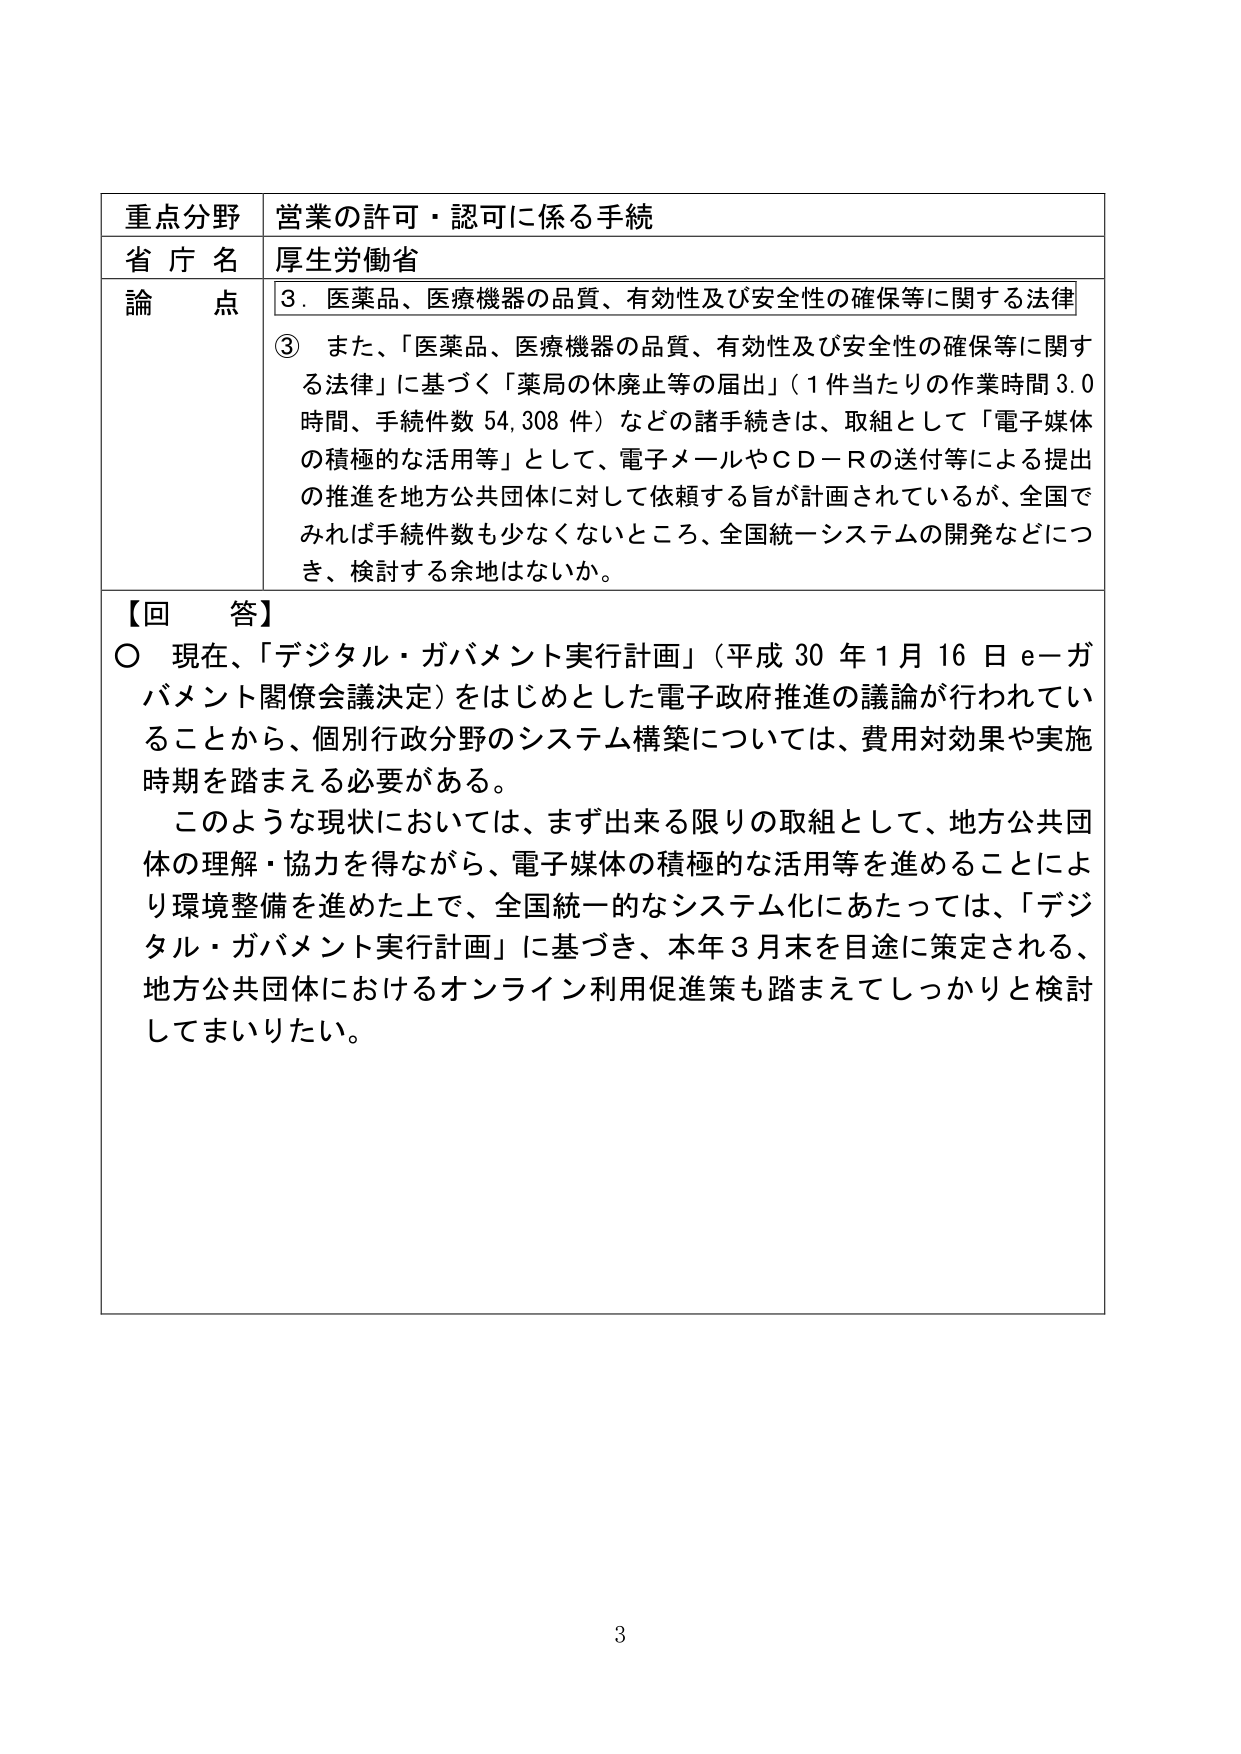
重点分野 営業の許可・認可に係る手続
省庁名 厚生労働省
論点 3．医薬品、医療機器の品質、有効性及び安全性の確保等に関する法律
③ また、「医薬品、医療機器の品質、有効性及び安全性の確保等に関する法律」に基づく「薬局の休廃止等の届出」（1件当たりの作業時間3.0時間、手続件数54,308件）などの諸手続きは、取組として「電子媒体の積極的な活用等」として、電子メールやＣＤ－Ｒの送付等による提出の推進を地方公共団体に対して依頼する旨が計画されているが、全国でみれば手続件数も少なくないところ、全国統一システムの開発などにつき、検討する余地はないか。
【回答】
○ 現在、「デジタル・ガバメント実行計画」（平成30年1月16日e－ガバメント関係会議決定）をはじめとした電子政府推進の議論が行われていることから、個別行政分野のシステム構築については、費用対効果や実施時期を踏まえる必要がある。
このような現状においては、まず出来る限りの取組として、地方公共団体の理解・協力を得ながら、電子媒体の積極的な活用等を進めることにより環境整備を進めた上で、全国統一的なシステム化にあたっては、「デジタル・ガバメント実行計画」に基づき、本年3月末を目途に策定される、地方公共団体におけるオンライン利用促進策も踏まえてしっかりと検討してまいりたい。
3